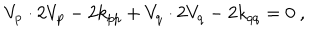
LaTeX: V _ { p } \cdot 2 V _ { p } - 2 k _ { p p } + V _ { q } \cdot 2 V _ { q } - 2 k _ { q q } = 0 ~ ,